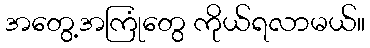
အတွေ့အကြုံတွေ ကိုယ်ရလာမယ်။